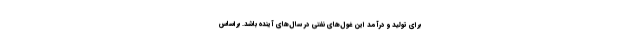
برای تولید و درآمد این غول‌های نفتی در سال‌های آینده باشد. براساس